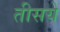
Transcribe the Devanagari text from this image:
तीसये